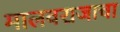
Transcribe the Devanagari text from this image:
मालवराजाचा